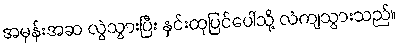
အမှန်းအဆ လွဲသွားပြီး နှင်းထုပြင်ပေါ်သို့ လဲကျသွားသည်။